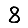
Digit: 8